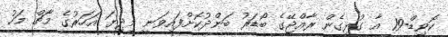
ކޮވިޑް-19 އާ ގުޅިގެން ރާއްޖޭގެ ބޯޑަރު ބަންދުކޮށްފައިވަނީ މިދިޔަ އަހަރުގެ މާޗް މަހު